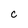
Character: c